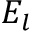
E _ { l }